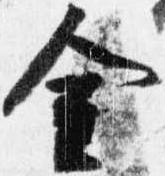
金